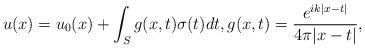
LaTeX: \begin{align*} u(x)=u_0(x)+\int_S g(x,t) \sigma(t)dt, g(x,t)=\frac{e^{ik|x-t|}}{4\pi|x-t|},\end{align*}